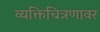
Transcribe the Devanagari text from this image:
व्यक्तिचित्रणावर